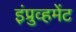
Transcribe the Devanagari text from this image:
इंप्रुव्हमेंट